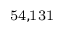
^ \mathrm { 5 4 , 1 3 1 }